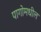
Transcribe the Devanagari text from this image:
पागोमधील